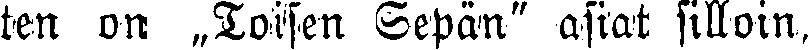
ten on „Toisen Sepän" asiat silloin,